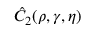
\hat { C } _ { 2 } ( \rho , \gamma , \eta )